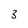
Character: 8